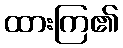
ထားကြ၏